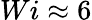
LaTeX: Wi\approx 6